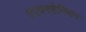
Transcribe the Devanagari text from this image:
टायरहेनियन